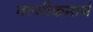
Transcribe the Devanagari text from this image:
वल्मीकमार्ग